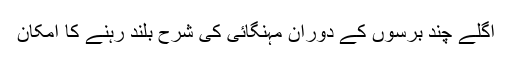
اگلے چند برسوں کے دوران مہنگائی کی شرح بلند رہنے کا امکان